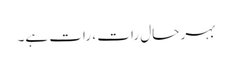
بہر حال رات ، رات ہے۔